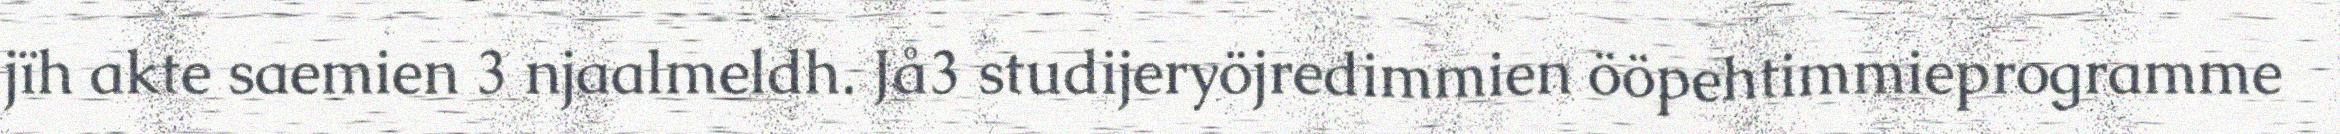
jïh akte saemien 3 njaalmeldh. Jå3 studijeryöjredimmien ööpehtimmieprogramme